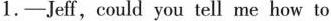
1.-Jeff,could you tell me how to